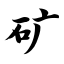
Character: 矿